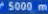
5000 m